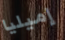
إميليا